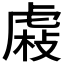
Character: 𧇆